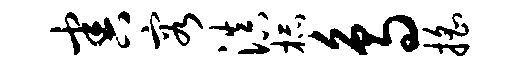
害容滇杯鸟摇